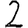
Digit: 2